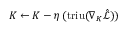
K \gets K - \eta \, ( \mathrm { t r i u } ( \nabla _ { K } \hat { \mathcal { L } } ) )